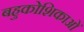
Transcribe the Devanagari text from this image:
बहुकोशिकाओं